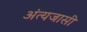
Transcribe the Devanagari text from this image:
अंत्यजासी